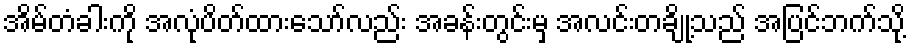
အိမ်တံခါးကို အလုံပိတ်ထားသော်လည်း အခန်းတွင်းမှ အလင်းတချို့သည် အပြင်ဘက်သို့